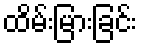
ထိမ်းမြားခြင်း